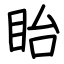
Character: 眙